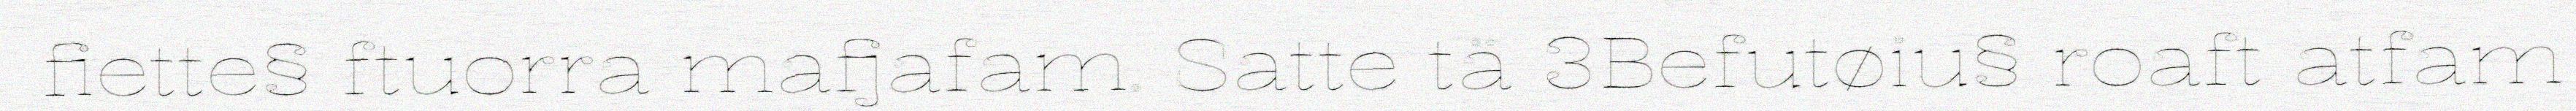
fiette§ ftuorra mafjafam. Satte tä 3Befutøiu§ roaft atfam